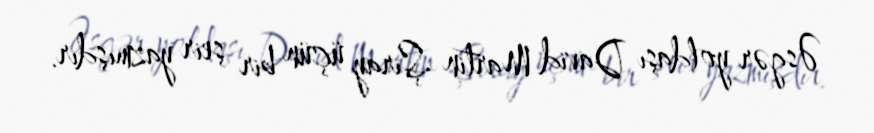
Əsgər yoldaşı David Martin Şiray üçün bir şeir yazmışdır.